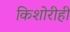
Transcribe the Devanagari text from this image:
किशोरीही